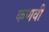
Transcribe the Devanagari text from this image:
कणवी